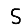
Digit: 5